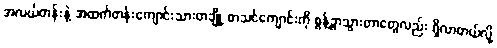
အလယ်တန်းနဲ့ အထက်တန်းကျောင်းသားတချို့ စာသင်ကျောင်းကို စွန့်ခွာသွားတာတွေလည်း ရှိလာတယ်လို့